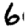
Digit: 6